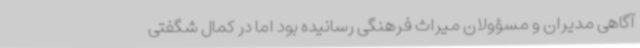
آگاهی مدیران و مسؤولان میراث فرهنگی رسانیده بود اما در کمال شگفتی